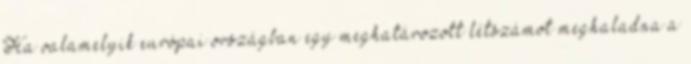
Ha valamelyik európai országban egy meghatározott létszámot meghaladna a